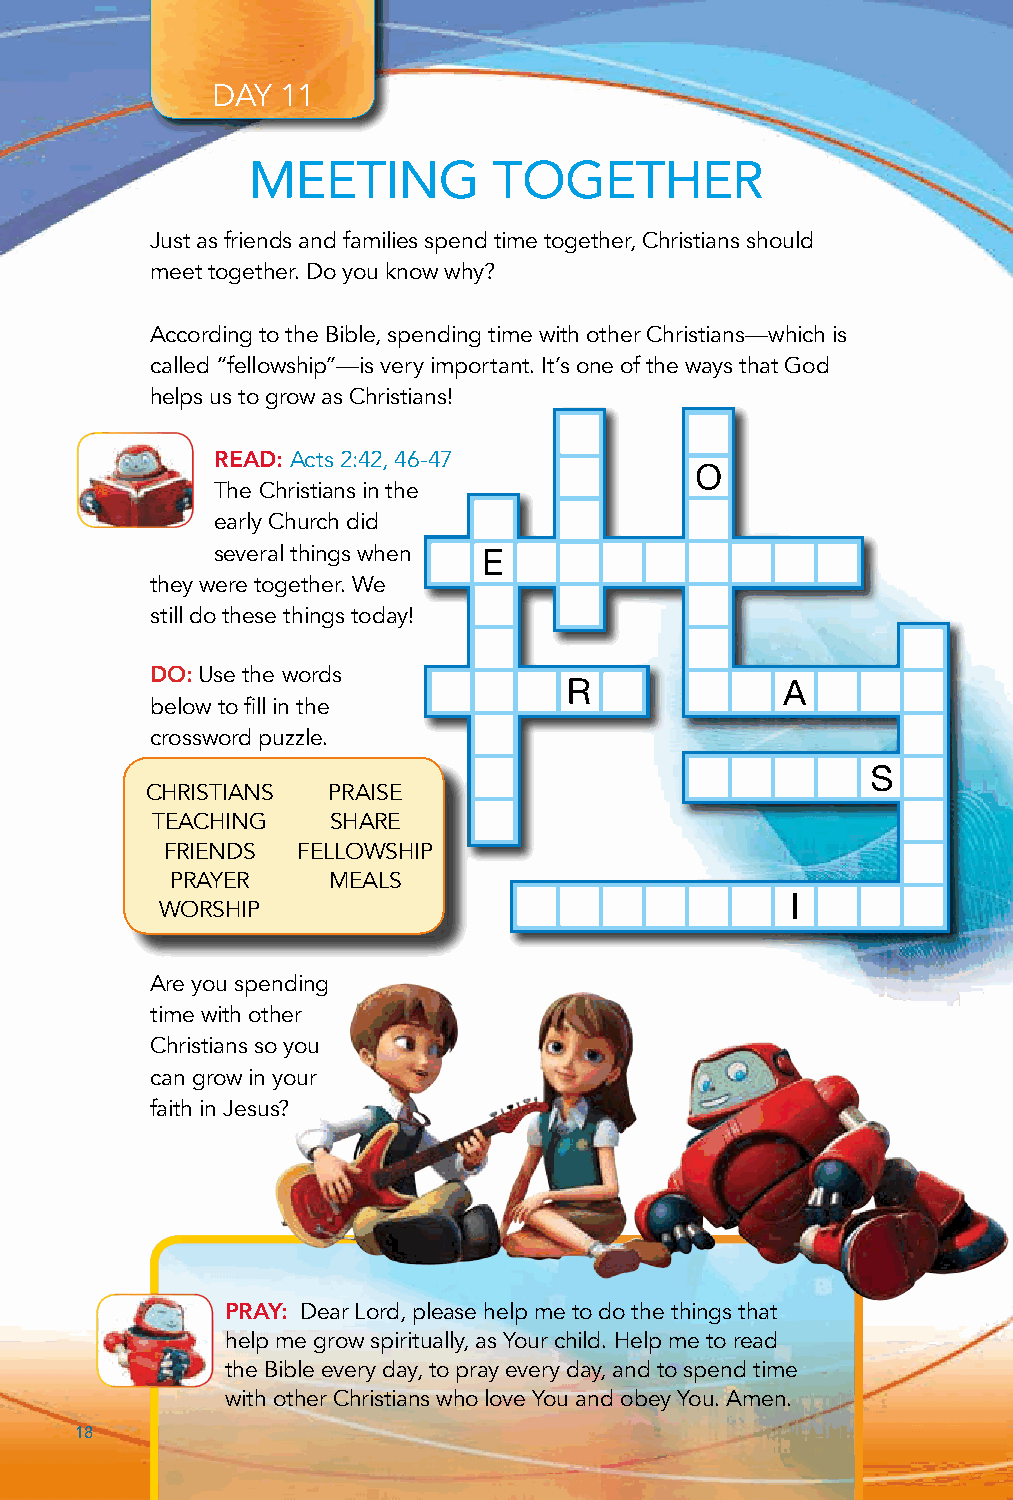
DAY  11
 MEETING          TOGETHER
 Just as friends and families spend time together, Christians should
 meet together. Do you know why?
 According to the Bible, spending time with other Christians—which is
 called “fellowship”—is very important. It’s one of the ways that God
 helps us to grow as Christians!
 READ: Acts 2:42, 46-47
 The Christians in the
 early Church did
 several things when
 they were together. We
 still do these things today!
 DO: Use the words
 below to fill in the
 crossword puzzle.
 CHRISTIANS  PRAISE
 TEACHING    SHARE
 FRIENDS  FELLOWSHIP
 PRAYER     MEALS
 WORSHIP
 Are you spending
 time with other
 Christians so you
 can grow in your
 faith in Jesus?
 PRAY: Dear Lord, please help me to do the things that
 help me grow spiritually, as Your child. Help me to read
 the Bible every day, to pray every day, and to spend time
 with other Christians who love You and obey You. Amen.
 18